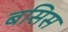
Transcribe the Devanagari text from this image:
बसिस